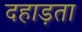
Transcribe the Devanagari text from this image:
दहाड़ता